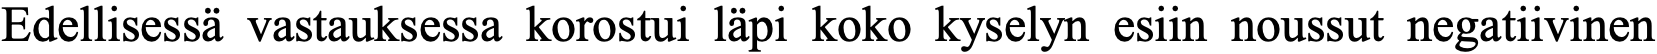
Edellisessä vastauksessa korostui läpi koko kyselyn esiin noussut negatiivinen